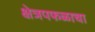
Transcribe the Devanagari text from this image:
क्षेत्रपफळाचा